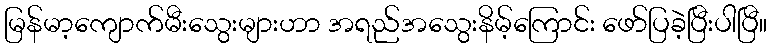
မြန်မာ့ကျောက်မီးသွေးများဟာ အရည်အသွေးနိမ့်ကြောင်း ဖော်ပြခဲ့ပြီးပါပြီ။